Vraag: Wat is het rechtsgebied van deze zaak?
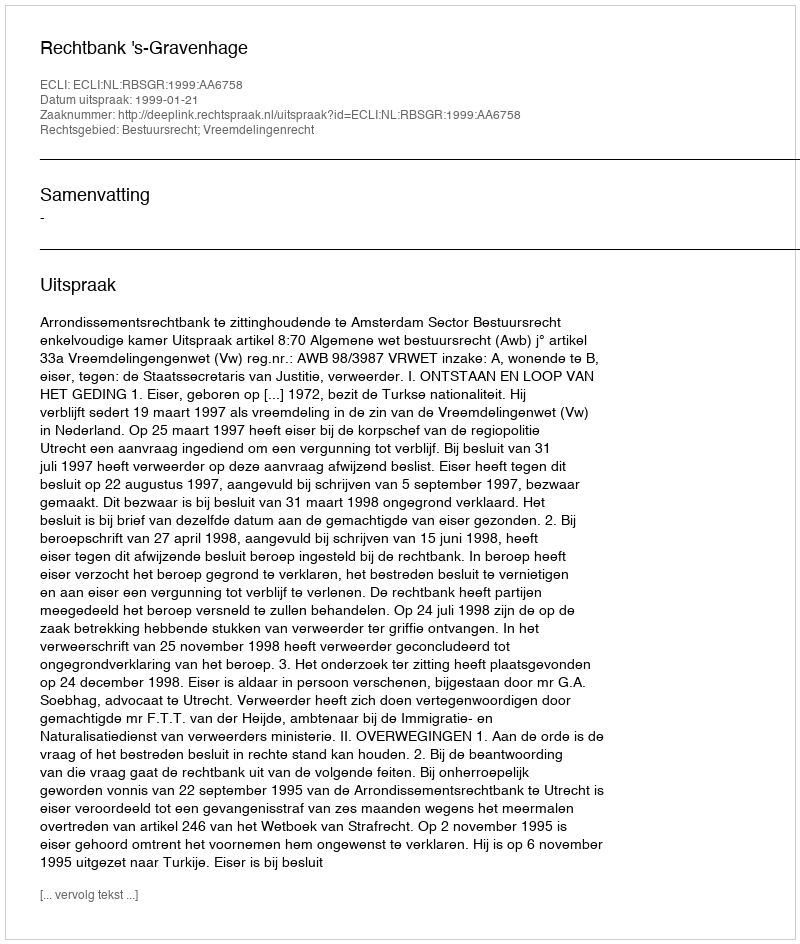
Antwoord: Bestuursrecht; Vreemdelingenrecht